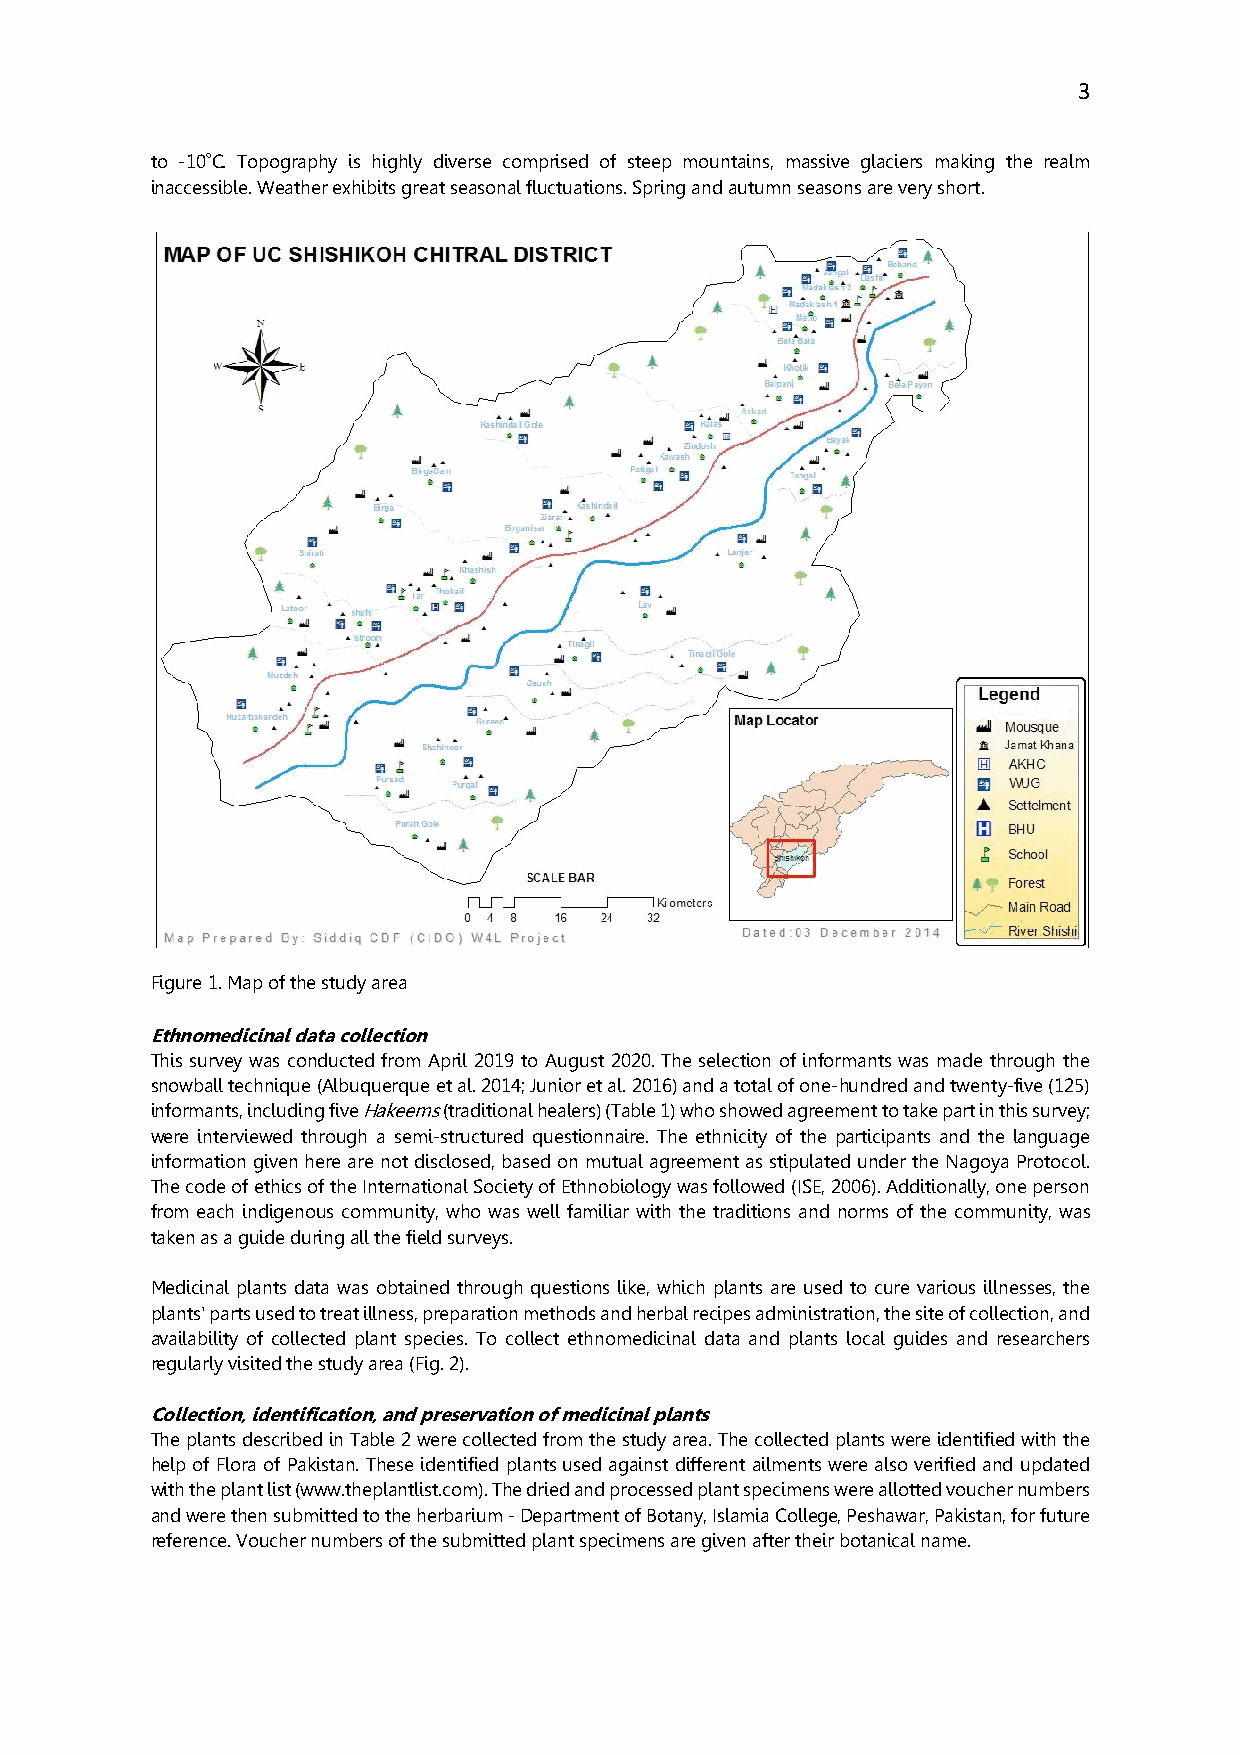
3
 to -10ºC. Topography is highly diverse comprised of steep mountains, massive glaciers making the realm
 inaccessible. Weather exhibits great seasonal fluctuations. Spring and autumn seasons are very short.
 Figure 1. Map of the study area
 Ethnomedicinal data collection
 This survey was conducted from April 2019 to August 2020. The selection of informants was made through the
 snowball technique (Albuquerque et al. 2014; Junior et al. 2016) and a total of one-hundred and twenty-five (125)
 informants, including five Hakeems (traditional healers) (Table 1) who showed agreement to take part in this survey;
 were interviewed through a semi-structured questionnaire. The ethnicity of the participants and the language
 information given here are not disclosed, based on mutual agreement as stipulated under the Nagoya Protocol.
 The code of ethics of the International Society of Ethnobiology was followed (ISE, 2006). Additionally, one person
 from each indigenous community, who was well familiar with the traditions and norms of the community, was
 taken as a guide during all the field surveys.
 Medicinal plants data was obtained through questions like, which plants are used to cure various illnesses, the
 plants' parts used to treat illness, preparation methods and herbal recipes administration, the site of collection, and
 availability of collected plant species. To collect ethnomedicinal data and plants local guides and researchers
 regularly visited the study area (Fig. 2).
 Collection, identification, and preservation of medicinal plants
 The plants described in Table 2 were collected from the study area. The collected plants were identified with the
 help of Flora of Pakistan. These identified plants used against different ailments were also verified and updated
 with the plant list (www.theplantlist.com). The dried and processed plant specimens were allotted voucher numbers
 and were then submitted to the herbarium - Department of Botany, Islamia College, Peshawar, Pakistan, for future
 reference. Voucher numbers of the submitted plant specimens are given after their botanical name.